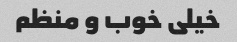
خیلی خوب و منظم